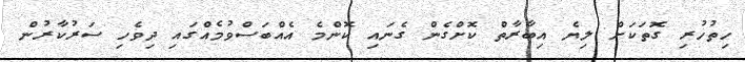
ހިތުހުރި ގޮތަކަށް ލިޔެ އިބާރާތް ކޮށްގެން ގެނައި ކޮންމެ އެއްބަސްވުމެއްގައި ދިވެހި ސަރުކާރުން